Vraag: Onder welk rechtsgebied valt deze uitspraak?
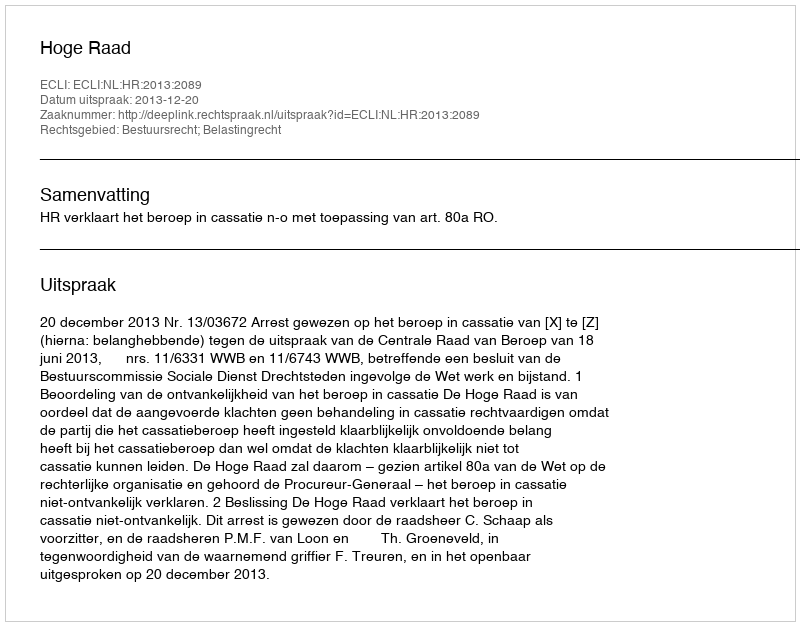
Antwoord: Bestuursrecht; Belastingrecht